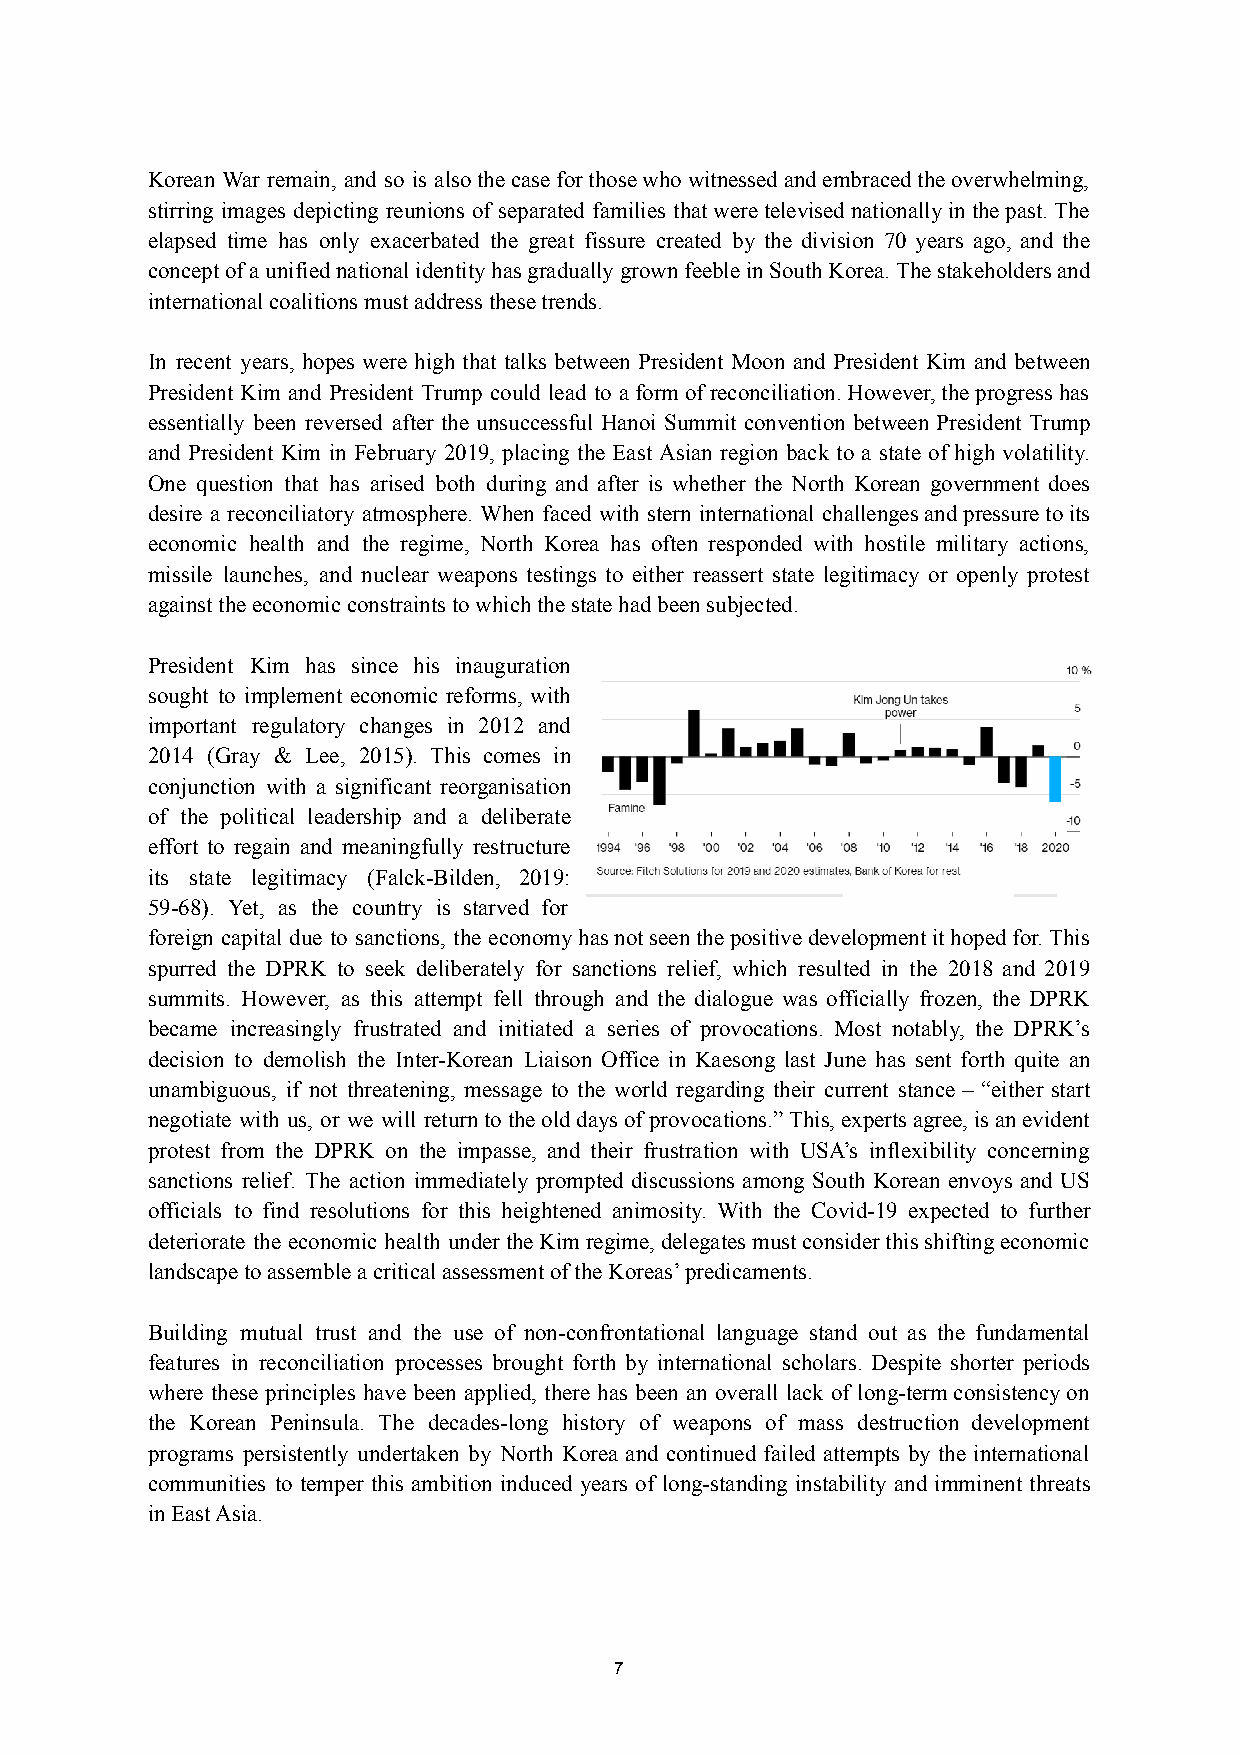
Korean War remain, and so is alsothecaseforthosewhowitnessedandembracedtheoverwhelming,
 stirring images depicting reunions of separated families thatweretelevisednationallyinthepast.The
 elapsed time has only exacerbated the great fissure created by the division 70 years ago, and the
 conceptofaunifiednationalidentityhasgraduallygrownfeebleinSouthKorea.Thestakeholdersand
 international coalitions must address these trends.
 In recent years, hopes were high that talks between President Moon and President Kim and between
 President Kim and President Trump could lead to aformofreconciliation.However,theprogresshas
 essentially been reversed after the unsuccessful Hanoi Summit convention between President Trump
 and President Kim in February 2019, placing the East Asian region back to a state of high volatility.
 One question that has arised both during and after is whether the North Korean government does
 desire a reconciliatory atmosphere. When faced with stern international challengesandpressuretoits
 economic health and the regime, North Korea has often responded with hostile military actions,
 missile launches, and nuclear weapons testings to either reassert state legitimacy or openly protest
 against the economic constraints to which the state had been subjected.
 President Kim has since his inauguration
 sought to implement economic reforms, with
 important regulatory changes in 2012 and
 2014 (Gray & Lee, 2015). This comes in
 conjunction with a significant reorganisation
 of the political leadership and a deliberate
 effort to regain and meaningfully restructure
 its state legitimacy (Falck-Bilden, 2019:
 59-68). Yet, as the country is starved for
 foreign capital due to sanctions, the economyhasnotseenthepositivedevelopmentithopedfor.This
 spurred the DPRK to seek deliberately for sanctions relief, which resulted in the 2018 and 2019
 summits. However, as this attempt fell through and the dialogue was officially frozen, the DPRK
 became increasingly frustrated and initiated a series of provocations. Most notably, the DPRK’s
 decision to demolish the Inter-Korean Liaison Office in Kaesong last June has sent forth quite an
 unambiguous, if not threatening, message to the world regarding their current stance – “either start
 negotiate with us, or we will returntotheolddaysofprovocations.”This,expertsagree,isanevident
 protest from the DPRK on the impasse, and their frustration with USA’s inflexibility concerning
 sanctions relief. The action immediately prompted discussions among South Korean envoys and US
 officials to find resolutions for this heightened animosity. With the Covid-19 expected to further
 deteriorate the economic health undertheKimregime,delegatesmustconsiderthisshiftingeconomic
 landscape to assemble a critical assessment of the Koreas’ predicaments.
 Building mutual trust and the use of non-confrontational language stand out as the fundamental
 features in reconciliation processes brought forth by international scholars. Despite shorter periods
 where these principles have been applied, there has been an overall lack of long-termconsistencyon
 the Korean Peninsula. The decades-long history of weapons of mass destruction development
 programs persistently undertaken by North Korea and continued failed attempts by the international
 communities to temper this ambition induced years of long-standing instability and imminent threats
 in East Asia.
 7